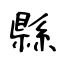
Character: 縣